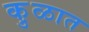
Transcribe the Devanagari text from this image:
कु़ळात